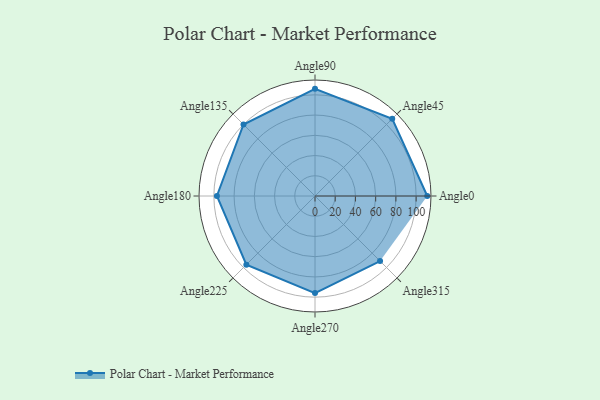
{"axis": {"x": "Angle", "y": "Radius"}, "legend": [""], "data": [{"x": "Angle0", "y": 111.0, "type": ""}, {"x": "Angle45", "y": 108.0, "type": ""}, {"x": "Angle90", "y": 106.0, "type": ""}, {"x": "Angle135", "y": 100.0, "type": ""}, {"x": "Angle180", "y": 97.0, "type": ""}, {"x": "Angle225", "y": 96.0, "type": ""}, {"x": "Angle270", "y": 96.0, "type": ""}, {"x": "Angle315", "y": 91.0, "type": ""}]}